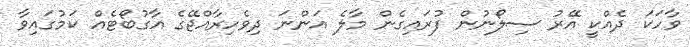
ވާހަކަ ދެއްކީ އޭރު ސިލޯނުން ފުރައިގެން މާލެ އަންނަ ދިވެހިރާއްޖޭގެ އާގުބޯޓެއް ކަމުގައިވާ